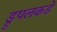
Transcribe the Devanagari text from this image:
ड्रुपलकडे